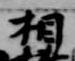
相